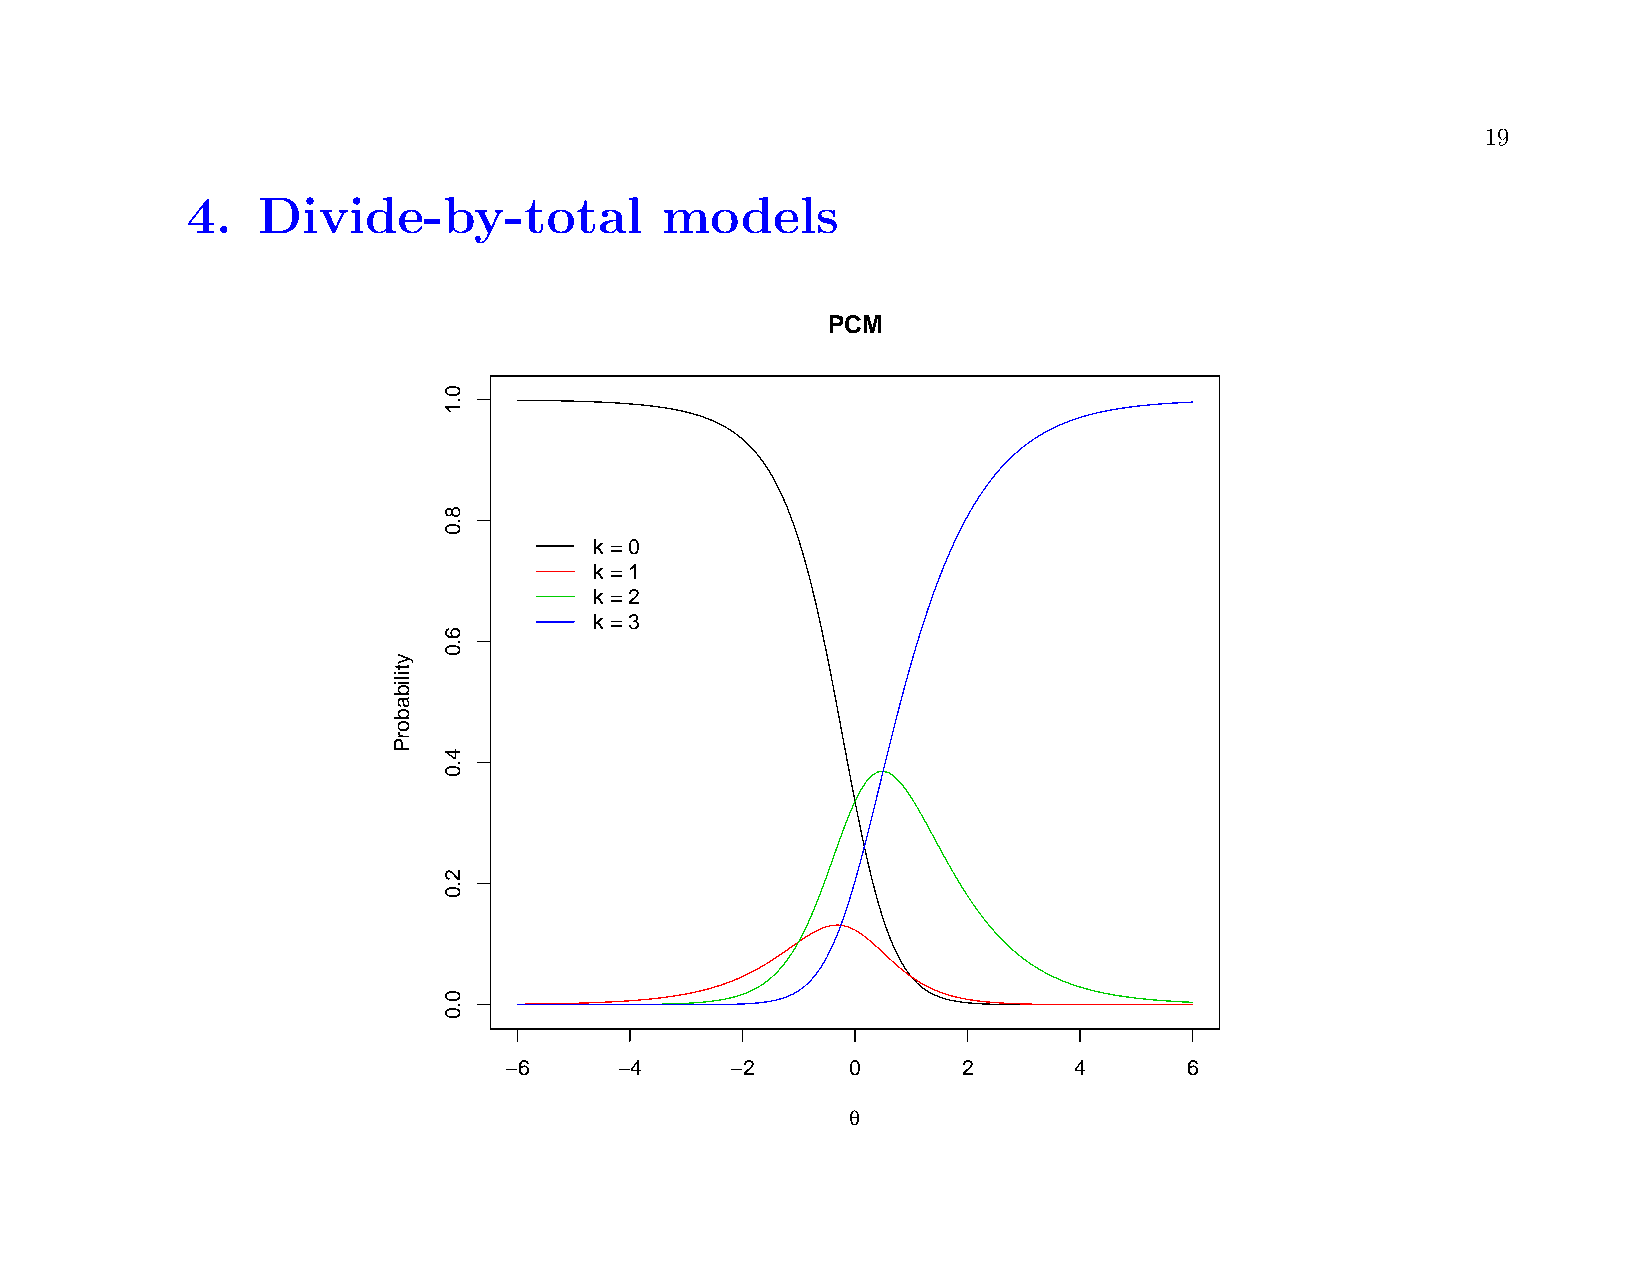
19
 4.   Divide-by-total            models
 PCM
 k = 0
 k = 1
 k = 2
 k = 3
 −6      −4     −2      0       2      4       6
 q
 ytilibaborP
 0.1
 8.0
 6.0
 4.0
 2.0
 0.0